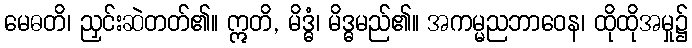
မေဓတိ၊ ညှင်းဆဲတတ်၏။ ဣတိ, မိဒ္ဓံ၊ မိဒ္ဓမည်၏။ အကမ္မညဘာဝေန၊ ထိုထိုအမှု၌